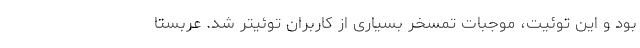
بود و این توئیت، موجبات تمسخر بسیاری از کاربران توئیتر شد. عربستا